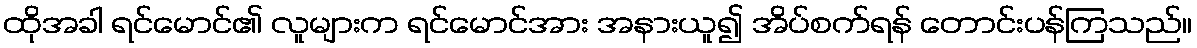
ထိုအခါ ရင်မောင်၏ လူများက ရင်မောင်အား အနားယူ၍ အိပ်စက်ရန် တောင်းပန်ကြသည်။